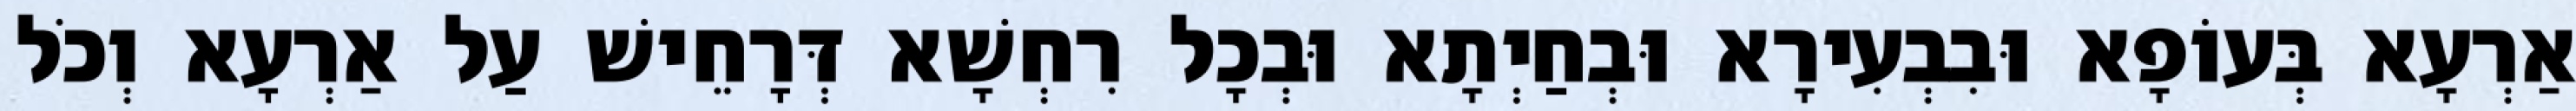
אַרְעָא בְּעוֹפָא וּבִבְעִירָא וּבְחַיְתָא וּבְכָל רִחְשָׁא דְּרָחֵישׁ עַל אַרְעָא וְכֹל